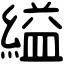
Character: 縊